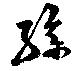
驂